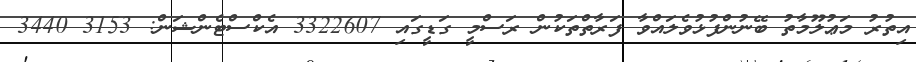
އިތުރު މަޢުލޫމާތު ބޭނުންފުޅުވެލައްވާ ފަރާތްތަކުން ރަސްމީ ގަޑީގައި 3322607 އެކްސްޓެންޝަން: 3153 3440